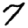
Digit: 7